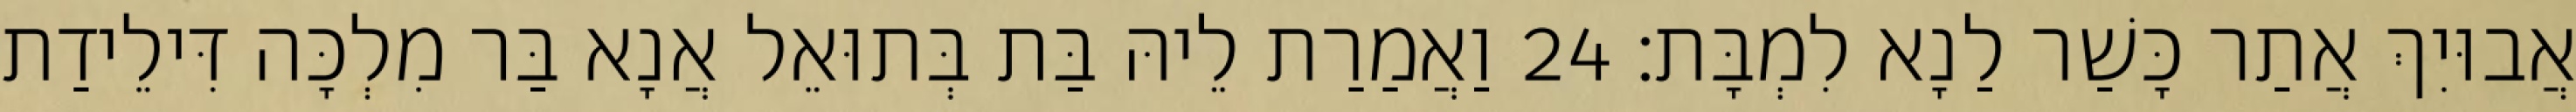
אֲבוּיִךְ אֲתַר כָּשַׁר לַנָא לִמְבָּת׃ 24 וַאֲמַרַת לֵיהּ בַּת בְּתוּאֵל אֲנָא בַּר מִלְכָּה דִּילֵידַת